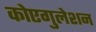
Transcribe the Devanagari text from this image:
कोएगुलेशन